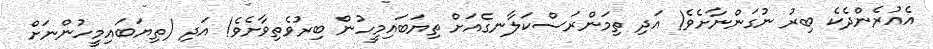
އެއުރެންދެކެ ބިރު ނުގަންނާށެވެ! އަދި ތިމަންރަސްކަލާނގެއަށް ތިޔަބައިމީހުން ބިރުވެތިވާށެވެ! އަދި (ތިޔަބައިމީހުންނަށް